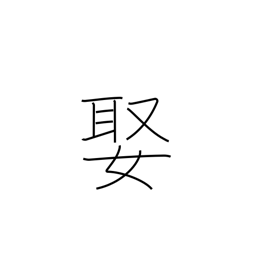
Meaning: arrange a marriage